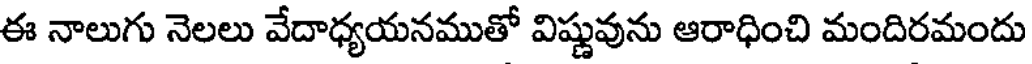
ఈ నాలుగు నెలలు వేదాధ్యయనముతో విష్ణువును ఆరాధించి మందిరమందు